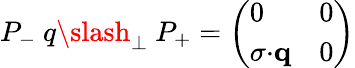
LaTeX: P_{-}\ q{\slash}_{\bot}\ P_{+}=\left(\begin{array}{ll}{{0}}&{{0}}\\ {{{\mathbf\sigma}{\cdot}{\mathbf q}}}&{{0}}\end{array}\right)